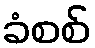
ခံစစ်